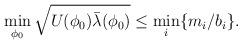
LaTeX: \begin{align*}\min_{\phi_0}\sqrt{U(\phi_0) \bar{\lambda}(\phi_0)} \le \min_i \{m_i/b_i\}.\end{align*}